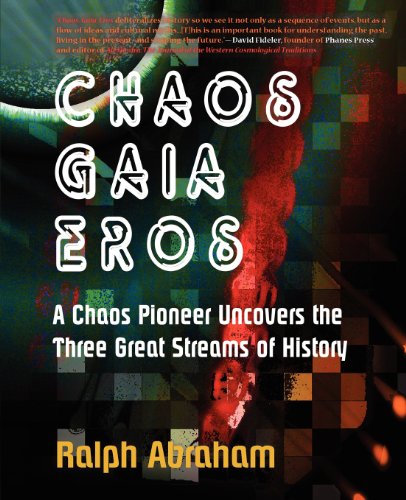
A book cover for Chaos, Gaia, Eros: A Chaos Pioneer Uncovers the Three Great Streams of History; Ralph H. Abraham; Politics & Social Sciences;